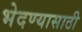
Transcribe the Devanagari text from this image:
भेदण्यासाठी